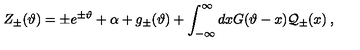
\displaystyle Z _ { \pm } ( \vartheta ) = \pm e ^ { \pm \vartheta } + \alpha + g _ { \pm } ( \vartheta ) + \displaystyle \int _ { - \infty } ^ { \infty } d x G ( \vartheta - x ) { \cal Q } _ { \pm } ( x ) \: ,